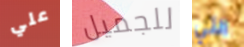
علي للجميل التي